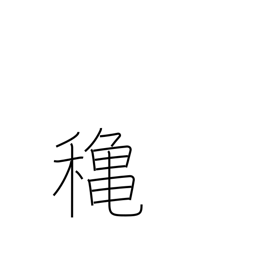
Meaning: autumn